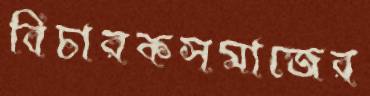
বিচারকসমাজের